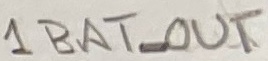
Text: 1BAT_OUT